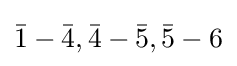
{\bar {1}}-{\bar {4}},{\bar {4}}-{\bar {5}},{\bar {5}}-6